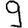
Digit: 9